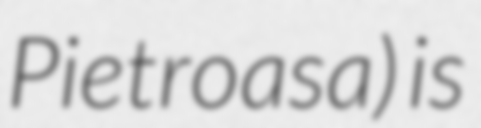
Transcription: Pietroasa) is